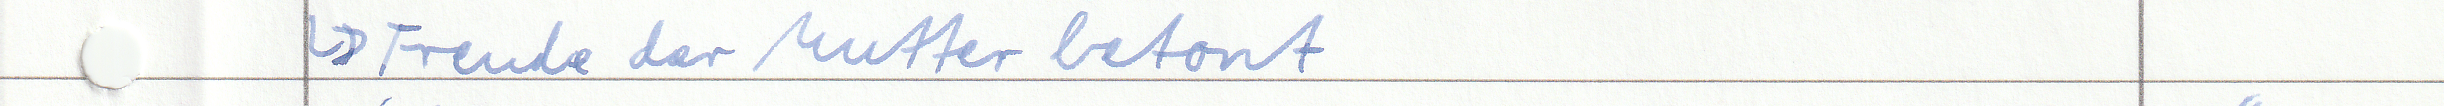
-> Freude der Mutter betont